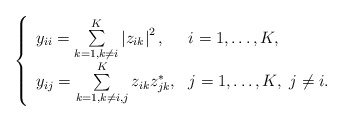
\begin{align*}\left\lbrace\begin{array}{ll}y_{ii} = \sum\limits_{k = 1,k \neq i}^K \left| z_{ik} \right|^2, & i = 1, \ldots, K, \\y_{ij} = \sum\limits_{k = 1,k \neq i,j}^K z_{ik} z_{jk}^*, & j = 1, \ldots, K, \,\, j \neq i.\end{array}\right.\end{align*}